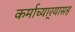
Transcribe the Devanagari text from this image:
कर्माच्यार्‍यासह